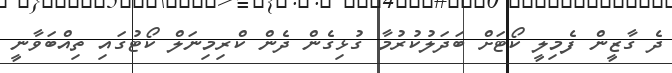
ދެ ގާޒީން ފެމިލީ ކޯޓަށް ބަދަލުކުރުމާ ގުޅިގެން ދެން ކްރިމިނަލް ކޯޓުގައި ތިއްބަވާނީ